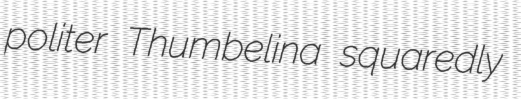
politer Thumbelina squaredly